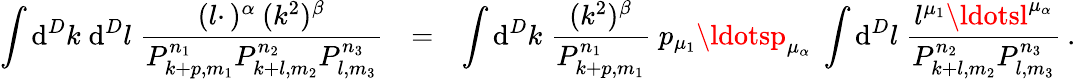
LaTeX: \int\mathrm{d}^{D}k\; \mathrm{d}^{D}l\; \frac{{(l\cdotp)^{\alpha}\: (k^{2})^{\beta}}}{{P_{k+p,m_{1}}^{n_{1}}P_{k+l,m_{2}}^{n_{2}}P_{l,m_{3}}^{n_{3}}}}\; \: \: =\; \: \: \int\mathrm{d}^{D}k\; \frac{{(k^{2})^{\beta}}}{{P_{k+p,m_{1}}^{n_{1}}}}\; p_{\mu_{1}}\ldotsp_{\mu_{\alpha}}\; \int\mathrm{d}^{D}l\; \frac{{l^{\mu_{1}}\ldotsl^{\mu_{\alpha}}}}{{P_{k+l,m_{2}}^{n_{2}}P_{l,m_{3}}^{n_{3}}}}\: .